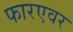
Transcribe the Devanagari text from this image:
फारएवर